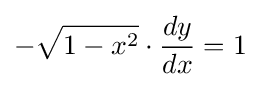
-{\sqrt {1-x^{2}}}\cdot {dy \over dx}=1